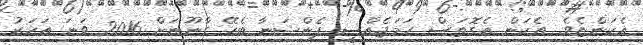
އެކަންޏެވެ. އެކަން އެގޮތަސް ހަމަޖެއްސީ ޕެންޝަނާ ބެހޭ ގާނޫނަށް 2016 ވަނަ އަހަރު